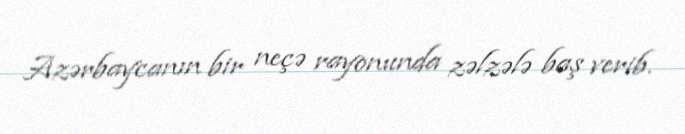
Azərbaycanın bir neçə rayonunda zəlzələ baş verib.